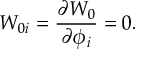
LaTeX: W _ { 0 i } = \frac { \partial W _ { 0 } } { \partial \phi _ { i } } = 0 .